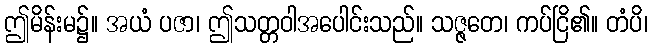
ဤမိန်းမ၌။ အယံ ပဇာ၊ ဤသတ္တဝါအပေါင်းသည်။ သဇ္ဇတေ၊ ကပ်ငြိ၏။ တံပိ၊